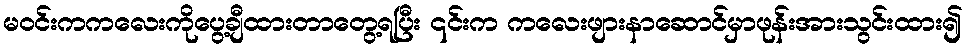
မဝင်းကကလေးကိုပွေ့ချီထားတာတွေ့ရပြီး ၎င်းက ကလေးဖျားနာဆောင်မှာဖုန်းအားသွင်းထား၍